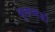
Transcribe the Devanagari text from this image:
भूकम्पज्ञों